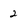
Character: 2